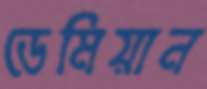
ডেমিয়ান